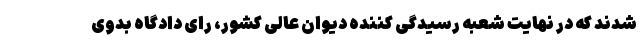
شدند که در نهایت شعبه رسیدگی کننده دیوان عالی کشور، رای دادگاه بدوی